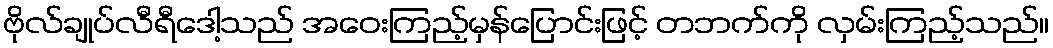
ဗိုလ်ချုပ်လီရီဒေါ့သည် အဝေးကြည့်မှန်ပြောင်းဖြင့် တဘက်ကို လှမ်းကြည့်သည်။